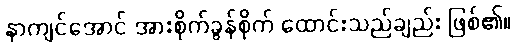
နာကျင်အောင် အားစိုက်ခွန်စိုက် ထောင်းသည်ချည်း ဖြစ်၏။